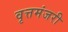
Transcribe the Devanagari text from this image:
वृत्तमंजरी